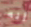
أنه